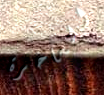
الساخرة